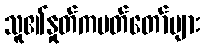
သူ၏နှုတ်ကပတ်တော်များ